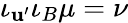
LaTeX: \iota_{\mathbf{u}^{\prime}}\iota_{B}\mu=\nu